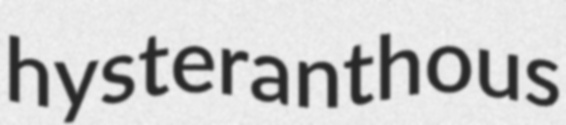
hysteranthous